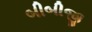
બીબીજી